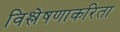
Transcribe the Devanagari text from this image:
विश्लेषणाकरिता